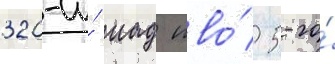
320-и́ иад пво́ 5-го́